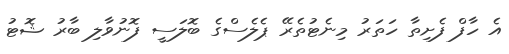
އެ ހާފް ފެށިތާ ހަތަރު މިނެޓުތެރޭ ޕެލެސްގެ ބޮލަސީ ފޮނުވާލި ބާރު ޝޮޓު